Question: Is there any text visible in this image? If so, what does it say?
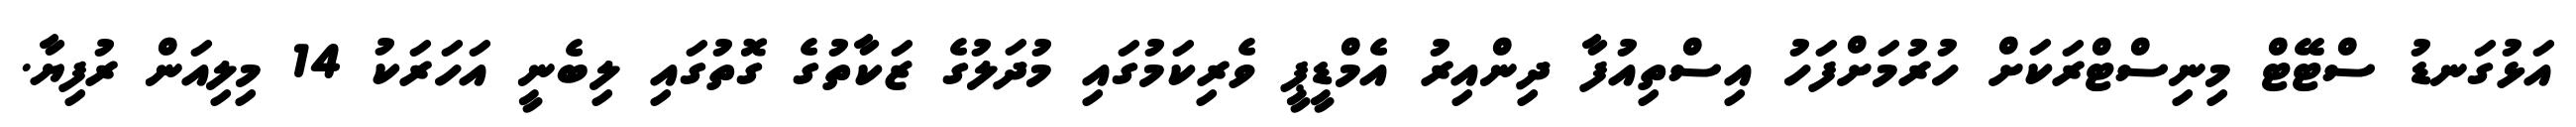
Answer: އަޅުގަނޑު ސްޓޭޓް މިނިސްޓްރަކަށް ހުރުމަށްފަހު އިސްތިއުފާ ދިންއިރު އެމްޑީޕީ ވެރިކަމުގައި މުދަލުގެ ޒަކާތުގެ ގޮތުގައި ލިބެނީ އަހަރަކު 14 މިލިއަން ރުފިޔާ.